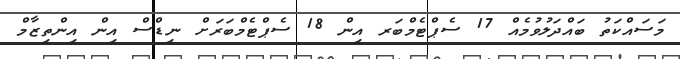
މަސައްކަތު ބައްދަލުވުމެއް 17 ސެޕްޓެމްބަރ އިން 18 ސެޕްޓެމްބަރަށް ނިޑްސް އިން އިންތިޒާމް